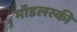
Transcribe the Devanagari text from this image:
मॉडलस्की